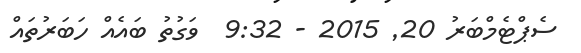
ސެޕްޓެމްބަރު 20